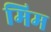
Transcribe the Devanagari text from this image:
मिम